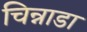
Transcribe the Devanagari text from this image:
चिन्नाडा